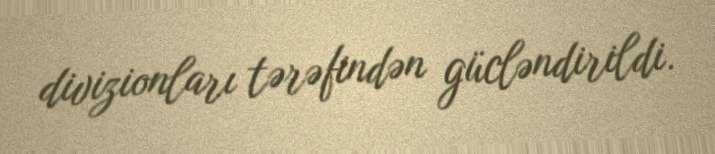
divizionları tərəfindən gücləndirildi.